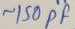
Text: ~150PF